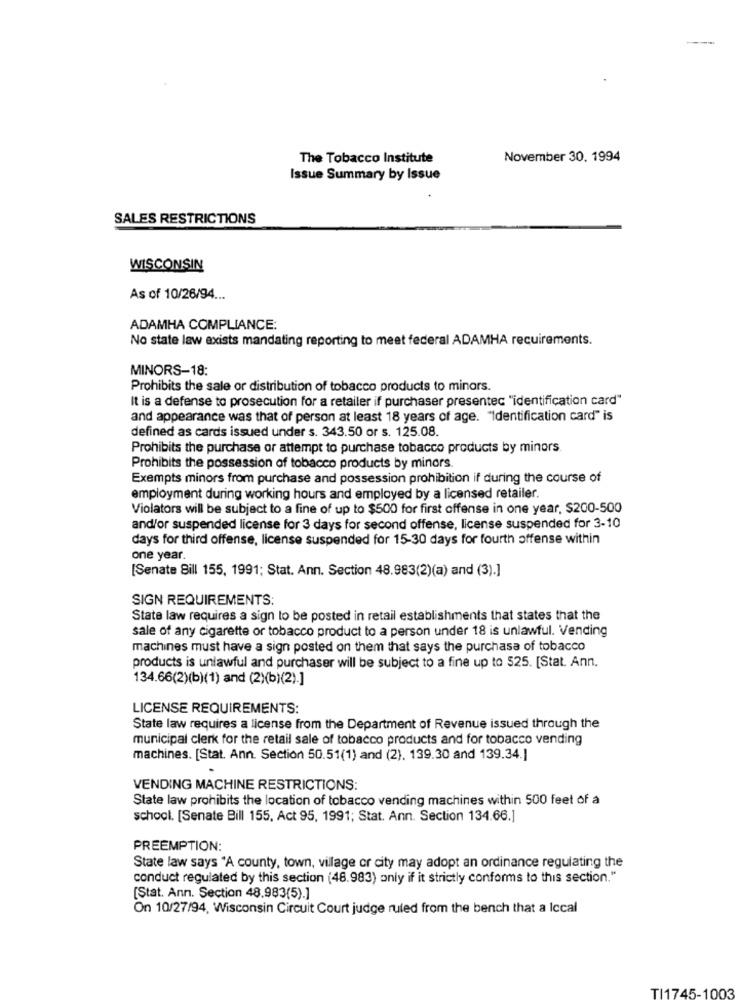
The Tobacco Institute
November 30, 1994
Issue Summary by Issue
SALES RESTRICTIONS
WISCONSIN
As of 10/26/94 ...
ADAMHA COMPLIANCE:
No state law exists mandating reporting to meet federal ADAMHA recuirements.
MINORS-18:
Prohibits the sale or distribution of tobacco products to minors.
It is a defense to prosecution for a retailer if purchaser presentec "identification card"
and appearance was that of person at least 18 years of age. "Identification card" is
defined as cards issued under s. 343.50 or s. 125.08.
Prohibits the purchase or attempt to purchase tobacco products by minors
Prohibits the possession of tobacco products by minors.
Exempts minors from purchase and possession prohibition if during the course of
employment during working hours and employed by a licensed retailer.
Violators will be subject to a fine of up to $500 for first offense in one year, $200-500
and/or suspended license for 3 days for second offense, license suspended for 3-10
days for third offense, license suspended for 15-30 days for fourth offense within
one year
[Senate Bill 155, 1991; Stat. Ann. Section 48.983(2)(a) and (3).]
SIGN REQUIREMENTS:
State law requires a sign to be posted in retail establishments that states that the
sale of any cigarette or tobacco product to a person under 18 is unlawful. Vending
machines must have a sign posted on them that says the purchase of tobacco
products is unlawful and purchaser will be subject to a fine up to 525. [Stat. Ann.
134.66(2)(b)(1) and (2)(b)(2).]
LICENSE REQUIREMENTS:
State law requires a license from the Department of Revenue issued through the
municipal clerk for the retail sale of tobacco products and for tobacco vending
machines. [Stat. Ann. Section 50.51(1) and (2). 139.30 and 139.34.]
VENDING MACHINE RESTRICTIONS:
State law prohibits the location of tobacco vending machines within 500 feet of a
school. [Senate Bill 155, Act 95, 1991; Stat. Ann. Section 134.66.]
PREEMPTION:
State law says "A county, town, village or city may adopt an ordinance regulating the
conduct regulated by this section (48.983) only if it strictly conforms to this section."
[Stat. Ann. Section 48.983(5).]
On 10/27/94, Wisconsin Circuit Court judge ruled from the bench that a Iccal
TI1745-1003